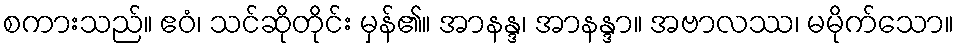
စကားသည်။ ဧဝံ၊ သင်ဆိုတိုင်း မှန်၏။ အာနန္ဒ၊ အာနန္ဒာ။ အဗာလဿ၊ မမိုက်သော။